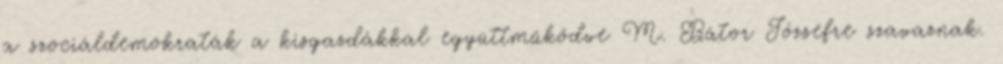
a szociáldemokraták a kisgazdákkal együttműködve M. Bátor Józsefre szavaznak.